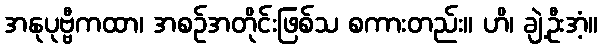
အနုပုဗ္ဗီကထာ၊ အစဉ်အတိုင်းဖြစ်သ စကားတည်း။ ဟိ၊ ချဲ့ဦးအံ့။